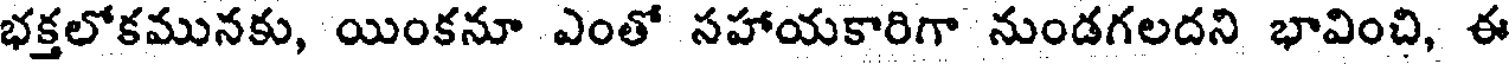
భక్తలోకమునకు, యింకనూ ఎంతో సహాయకారిగా నుండగలదని భావించి, ఈ